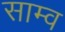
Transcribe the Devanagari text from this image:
साम्व